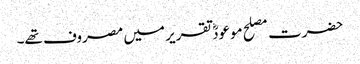
حضرت مصلح موعودؓ تقریر میں مصروف تھے۔